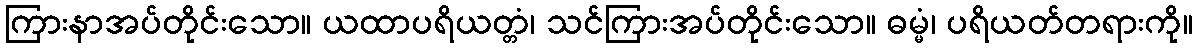
ကြားနာအပ်တိုင်းသော။ ယထာပရိယတ္တံ၊ သင်ကြားအပ်တိုင်းသော။ ဓမ္မံ၊ ပရိယတ်တရားကို။